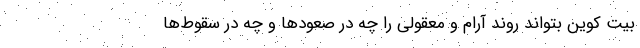
بیت کوین بتواند روند آرام و معقولی را چه در صعودها و چه در سقوط‌ها